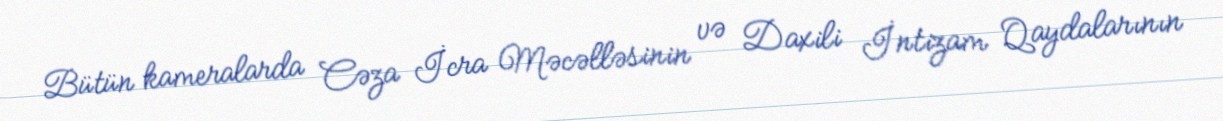
Bütün kameralarda Cəza İcra Məcəlləsinin və Daxili İntizam Qaydalarının